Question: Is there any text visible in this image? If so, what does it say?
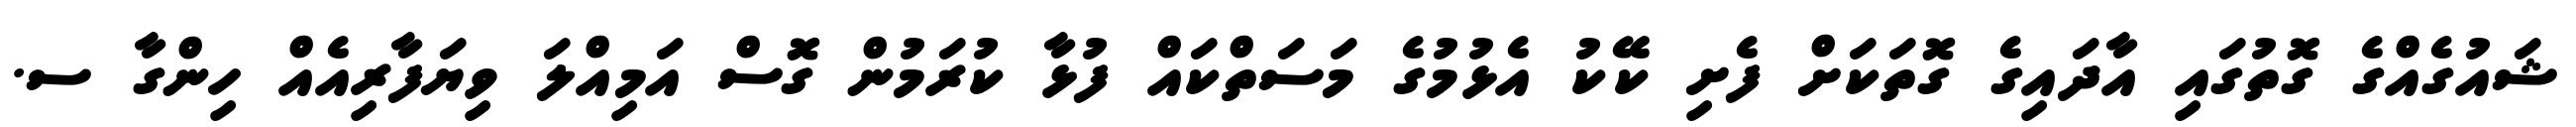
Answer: ޝައުގެއްގެ ގޮތުގައި އާދައިގެ ގޮތަކަށް ފެށި ކޭކު އެޅުމުގެ މަސަތްކައް ފުޅާ ކުރަމުން ގޮސް އަމިއްލަ ވިޔަފާރިއެއް ހިންގާ ސ.